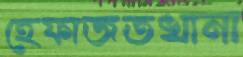
হেফাজতখানা